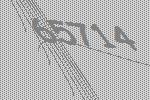
65714